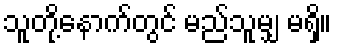
သူတို့နောက်တွင် မည်သူမျှ မရှိ။